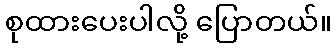
စုထားပေးပါလို့ ပြောတယ်။